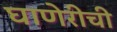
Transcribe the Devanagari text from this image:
घाणेरीची